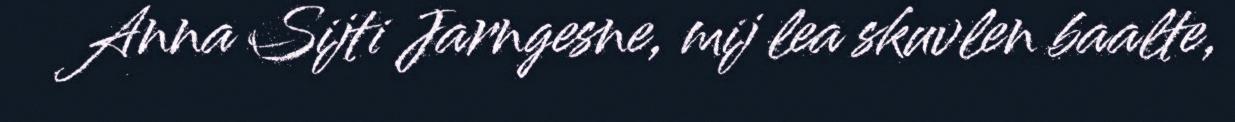
Anna Sijti Jarngesne, mij lea skuvlen baalte,